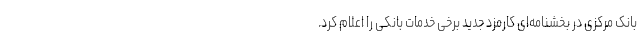
بانک مرکزی در بخشنامه‌ای کارمزد جدید برخی خدمات بانکی را اعلام کرد.